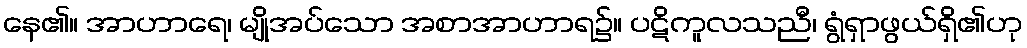
နေ၏။ အာဟာရေ၊ မျိုအပ်သော အစာအာဟာရ၌။ ပဋိကူလသညီ၊ ရွံရှာဖွယ်ရှိ၏ဟု